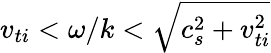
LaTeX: v_{ti}<\omega/k<\sqrt{c_{s}^{2}+v_{ti}^{2}}